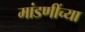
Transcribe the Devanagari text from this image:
मांडणींच्या